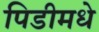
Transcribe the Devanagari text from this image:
पिडीमधे